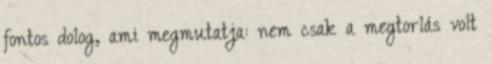
fontos dolog, ami megmutatja: nem csak a megtorlás volt